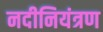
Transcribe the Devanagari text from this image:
नदीनियंत्रण